Tezpur Lunatic Asylum reports 1877-1894 - 1877-1894
Year: 1877
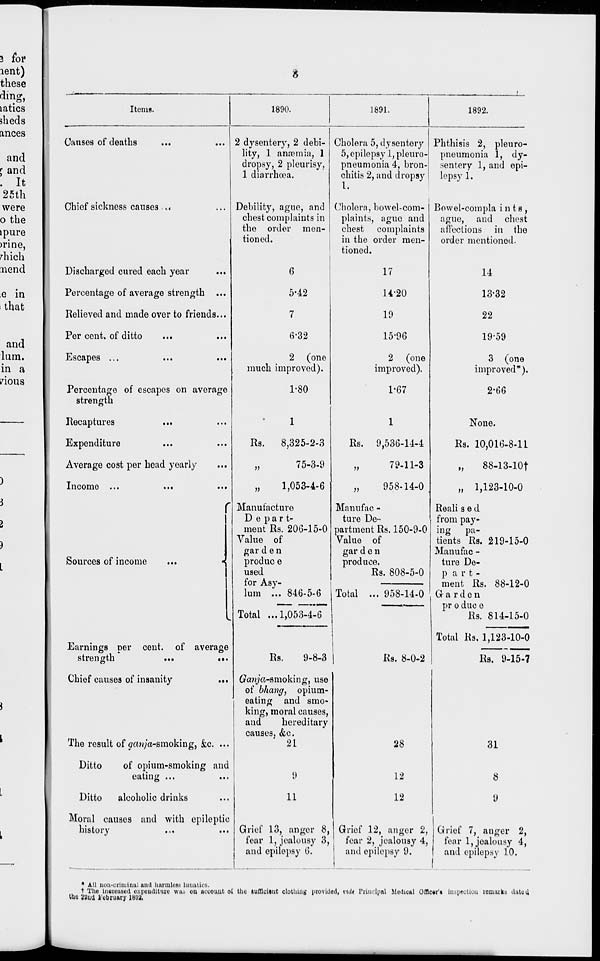
s
Items.
Causes of deaths
Chief sickness causes ■ ,,
Discharged cured each year
Percentage of average strength ...
Relieved and made over to friends...
Per cent, of ditto
Escapes ...
...
Percentage of escapes on average
strength
Recaptures
Expenditure
Average cost per head yearly
Income ...
..#
Sources of income
1890.
2 dysentery, 2 debi-
lity, 1 anaemia, 1
dropsy, 2 pleurisy,
1 diarrhoea.
Debility, ague, and
chest complaints in
the order men-
tioned.
0
5-42
7
6-32
2 (one
much improved).
1-80
Rs.
3?
»
8,325-2-3
75-3-9
1,053-4-6
1891.
Cholera 5, dysentery
5, epilepsy 1, pleuro-
pneumonia 4, bron-
chitis 2, and dropsy
I.
Cholera, bowel-com-
plaints, ague and
chest complaints
in the order men-
tioned.
17
14*20
19
15-96
2 (one
improved).
1*67
1892.
Earnings per cent, of average
strength
...
o
• ■•
Chief causes of insanity
Manufacture
Depart-
ment Rs. 206-15-0
Value of
gar den
produc e
used
for Asy-
lum ... 846-5-6
Total ...1,053-4-6
Rs. 9,536-14-4
79-11-3
958-14-0
Phthisis 2, pleuro-
pneumonia 1, dy-
sentery 1, and epi-
lepsy 1.
Bowol-compla i n t s ,
ague, and chest
affections in the
order mentioned.
14
13-32
22
19-59
?)
3)
Manufac -
ture De-
partment Rs. 150-9-0
Value of
gar den
produce.
Rs. 808-5-0
Total ... 958-14-0
The result of </a«/a-smoking, fee. ...
Ditto
of opium-smoking and
eating ...
Ditto
alcoholic drinks
Moral causes and with epileptic
history
Rs.
9-8-3
Crania-smoking, use
of bhang, opium-
eating and smo-
king, moral causes,
and
hereditary
causes. &c.
21
9
11
Grief 13, anger 8,
fear 1, jealousy 3,
and epilepsy 6.
3 (one
improved*),
2'66
None.
Rs. 10,016-8-11
„
88-13-lOf
„ 1,123-10-0
Reali s e d
from pay-
ing pa-
tients Rs. 219-15-0
Manufac -
ture De-
p a r t -
ment Rs. 88-12-0
Garden
pr o due e
Rs. 814-15-0
Rs. 8-0-2
Total Rs. 1,123-10-0
Rs. 9-15-7
28
12
12
Grief 12, anger 2,
fear 2, jealousy 4,
and epilepsy 9.
31
8
9
Grief 7, anger 2,
fear 1, jealousy 4,
and epilepsy 1.0.
• All non-criminal and harmless luuatics.
t The increased expenditure was on account ol the luffloltut clothing provided, vxdt Principal Medical Ofnc#r'» inspection remarks dated
the JJna February 1802.